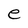
Character: e